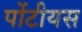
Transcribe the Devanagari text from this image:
पोंटीयस